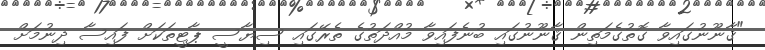
"ޤާނޫނުގައިވާ ގޮތުގެމަތިން ޤާނޫނުގައި ބުނެފައިވާ މުއްދަތުގެ ތެރޭގައި ސިޔާސީ ޕާޓީތަކަށް ފައިސާ ދިނުމަށް